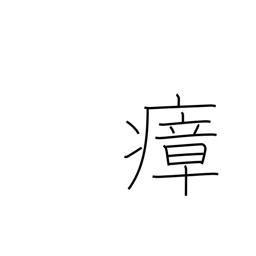
Meaning: miasma